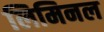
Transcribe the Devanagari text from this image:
लिमिनल